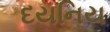
દયનિય